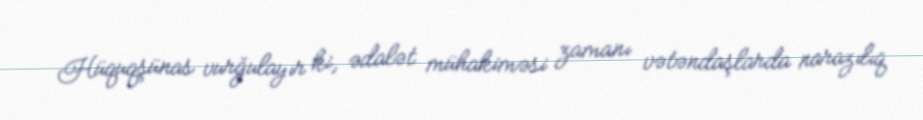
Hüquqşünas vurğulayır ki, ədalət mühakiməsi zamanı vətəndaşlarda narazılıq